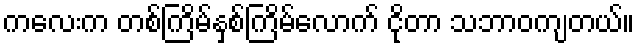
ကလေးက တစ်ကြိမ်နှစ်ကြိမ်လောက် ငိုတာ သဘာဝကျတယ်။